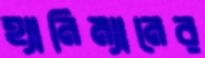
হ্যানিম্যানের